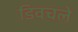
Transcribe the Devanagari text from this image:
डिवचले